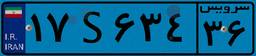
۹۹S۵۵۱۱۴